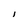
Character: l